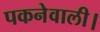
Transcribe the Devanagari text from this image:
पकनेवाली।